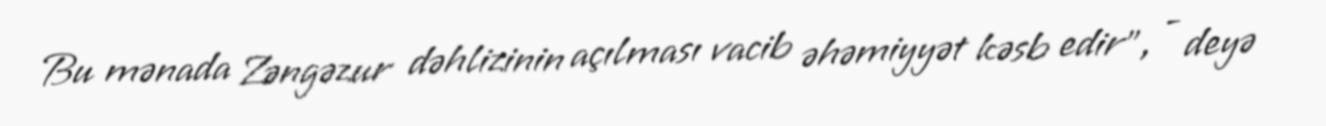
Bu mənada Zəngəzur dəhlizinin açılması vacib əhəmiyyət kəsb edir”, - deyə